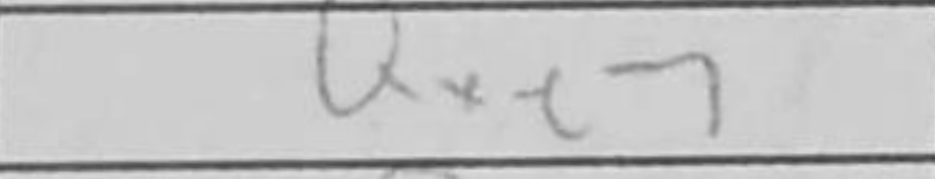
Transcription: Qxe7